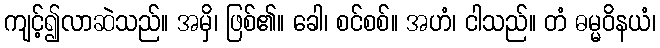
ကျင့်၍လာဆဲသည်။ အမှိ၊ ဖြစ်၏။ ခေါ၊ စင်စစ်။ အဟံ၊ ငါသည်။ တံ ဓမ္မဝိနယံ၊